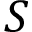
S